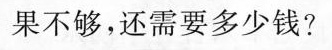
果不够，还需要多少钱？